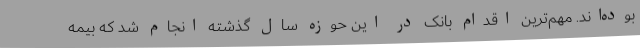
بوده‌اند. مهم‌ترین اقدام بانک در این حوزه سال گذشته انجام شد که بیمه